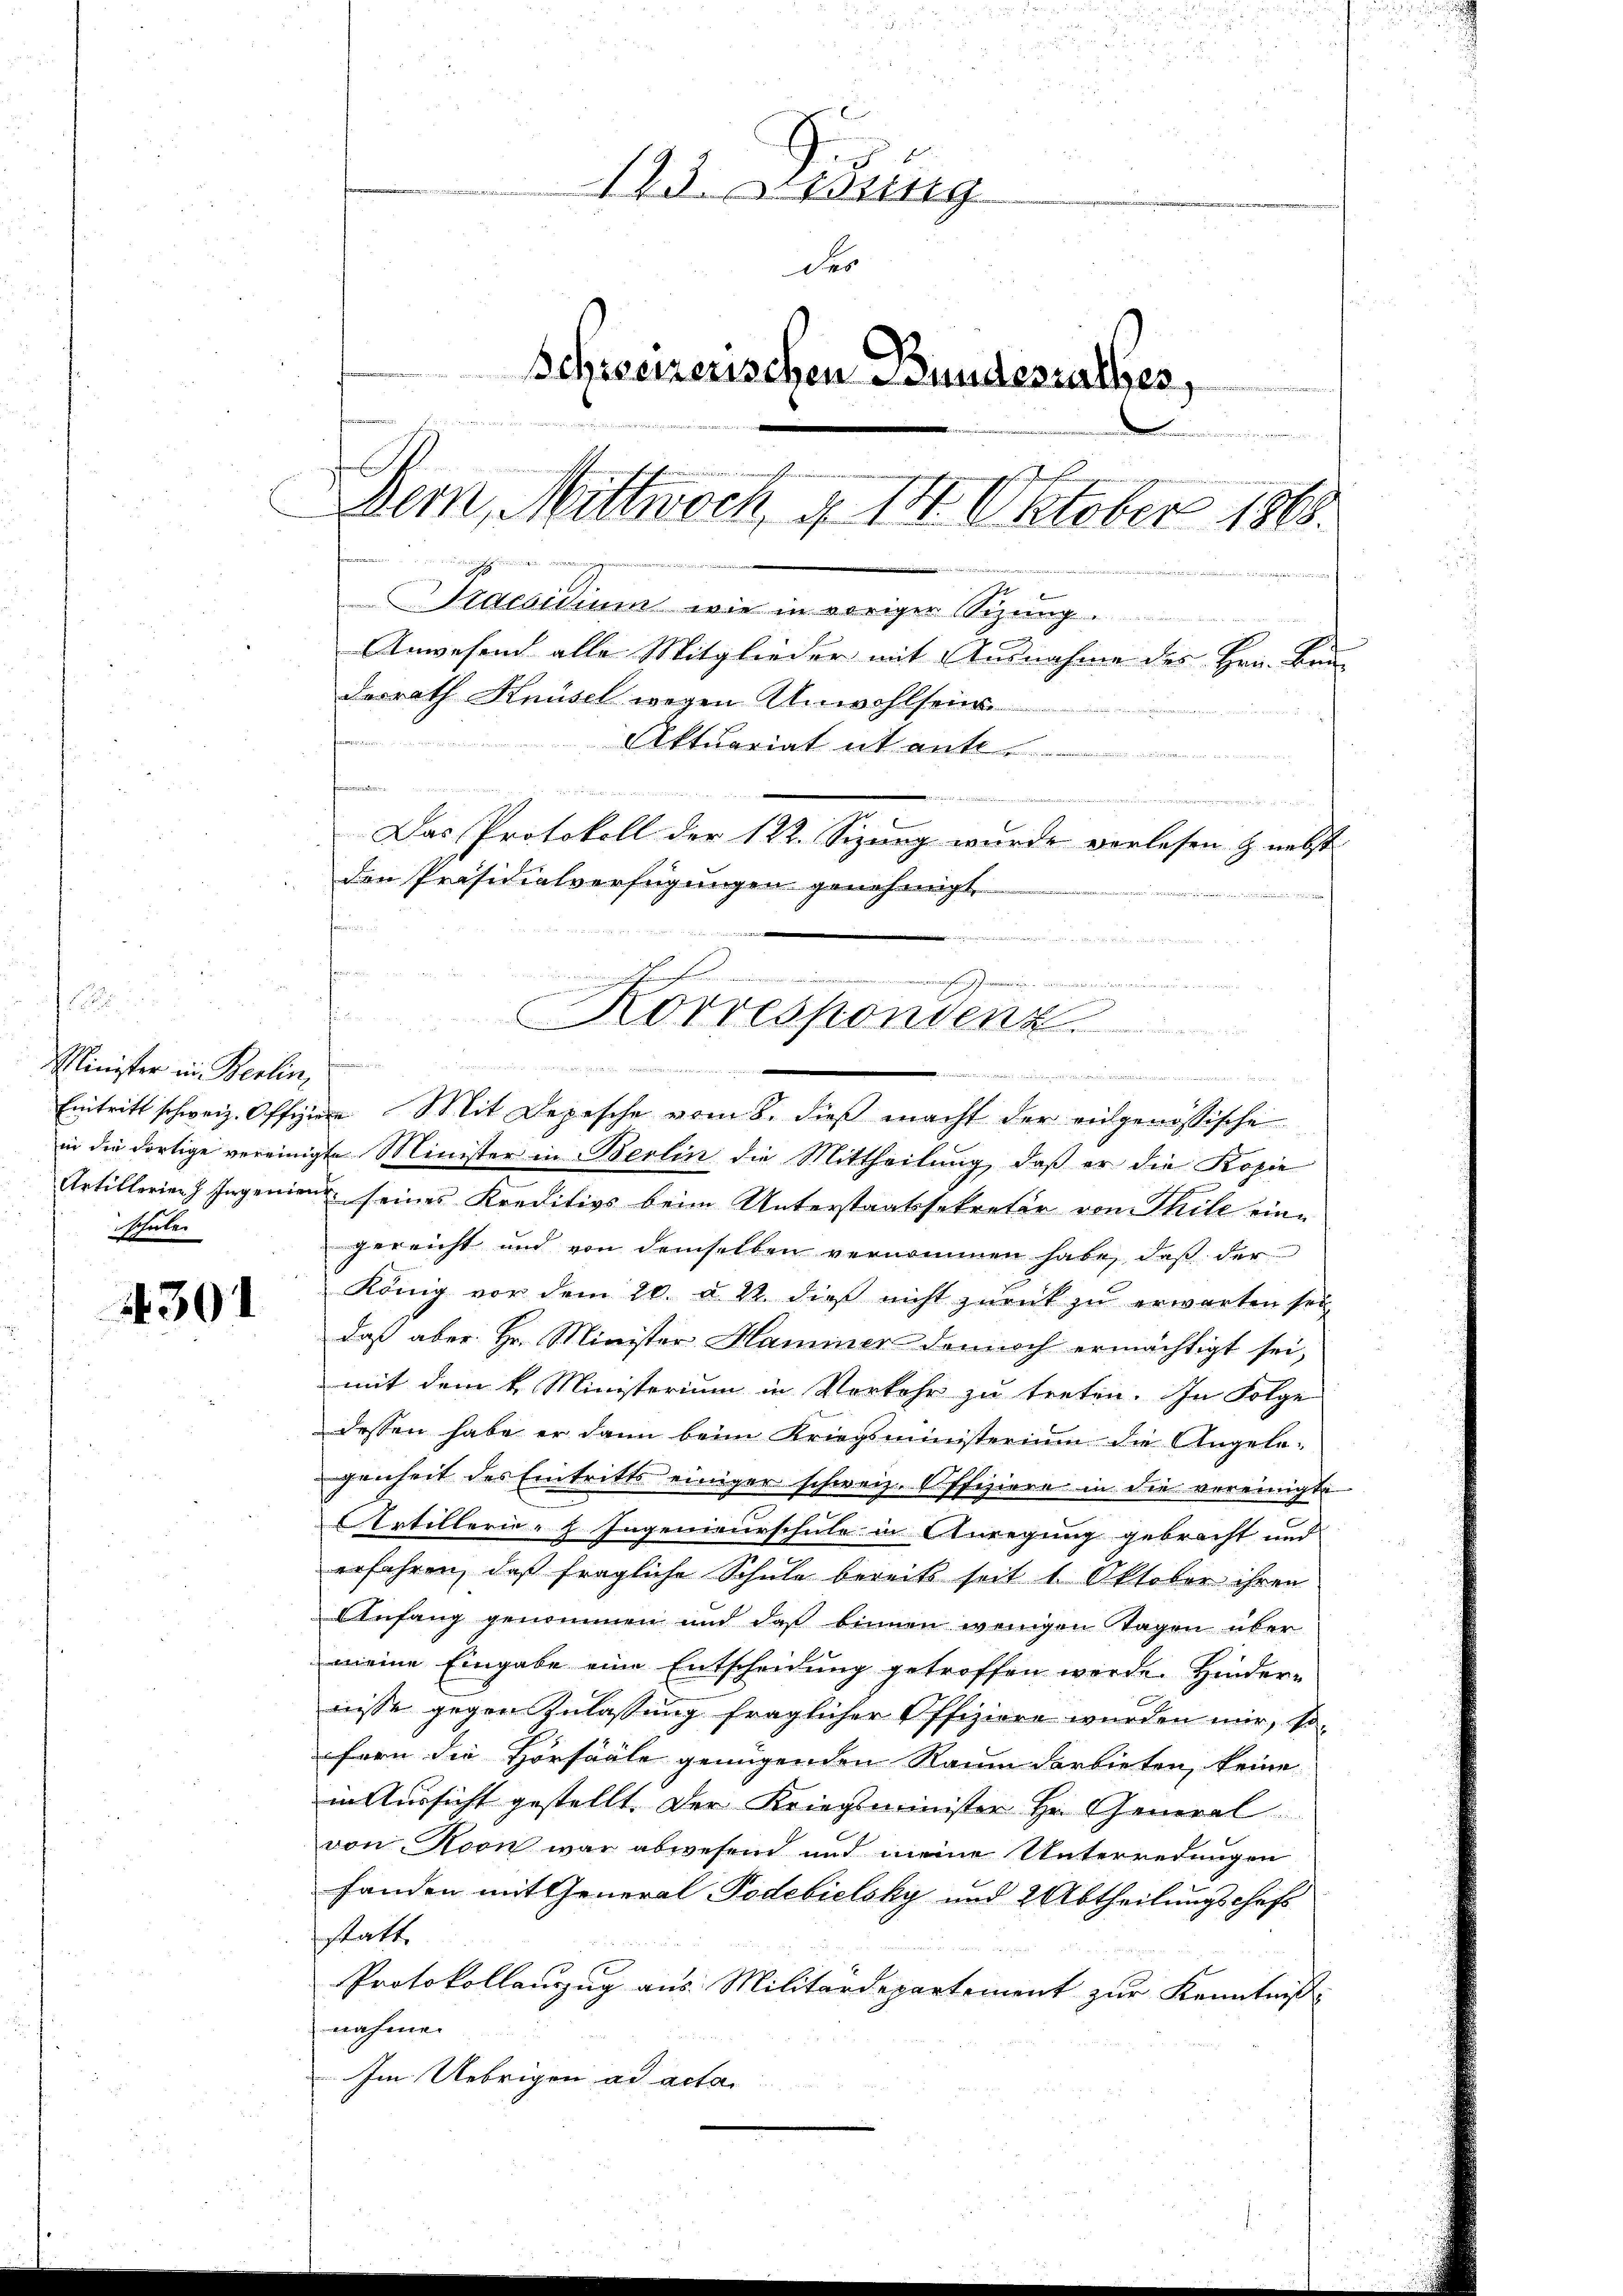
Minister in Berlin,
schule

4301

123. Jung
der
Schreizerischen Bundesrathes,
e
Dem, Mittwoch § 14. Oktober 1868.
in und errichtschienen ge
g
Staesidium wie in voriger Sizung
Anwesend alle Mitglieder mit Ausnahme des Hrn. Bru-
derrath Knüsel wegen Unwohlsein

de
fenen un
Das Protokoll der 122. Sizung wurde vorlesen & nebst
den Präsidialverfügungen genehmigt.
e

ch
.
si
Korrespondenz
t
e
  ..

Aktuariat it ante .......................

Eintritt schweiz. Offiziere Mit Depesche vom 8. dieß macht der eidgenössische
in die dortige vereinigte Minister in Berlin die Mittheilung, daß er die Kopie
Artillerien Ingenien seines Kreditivs beim Unterstaatssekretär von Thile eingereicht und von demselben vernommen habe, daß der
König vor dem 20. u 22. dieß nicht zurück zu erwarten sei,
daß aber Hr. Minister Hammer dennoch ermächtigt sei,
mit dem k. Ministerium in Vorkehr zu treten. In Folge
dessen habe er dann beim Kriegsministerium die Angele-
genheit des Eintritts einiger schweiz. Offiziere in die vereinigte
Artillerie-H Ingenieurschule in Anregung gebracht und
erfahren, daß fragliche Schule bereits seit 1. Oktober ihren
Anfang genommen und daß binnen wenigen Tagen über
meine Eingabe eine Entscheidung getroffen werde. Hindernisse gegen Zulassung fraglicher Offiziere wurden mir, sofern die Hörsääle genügenden Raum darbieten, keine
in Aussicht gestellt. Der Kriegsminister Hr. General
von von war abwesend und meine Unterredungen
fanden mit General-Podebielsky und 2 Abtheilungschaft
sstatt.
Protokollauszug aus Militärdepartement zur Kenntniß
nahme.
Im Uebrigen ad acta